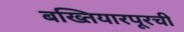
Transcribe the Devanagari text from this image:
बख्तियारपूरची